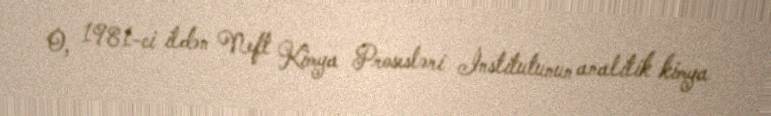
O, 1981-ci ildən Neft Kimya Prosesləri İnstitutunun analitik kimya